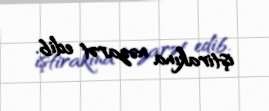
iştirakına nəzarət edib.